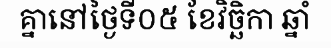
គ្នានៅថ្ងៃទី០៥ ខែវិច្ឆិកា ឆ្នាំ